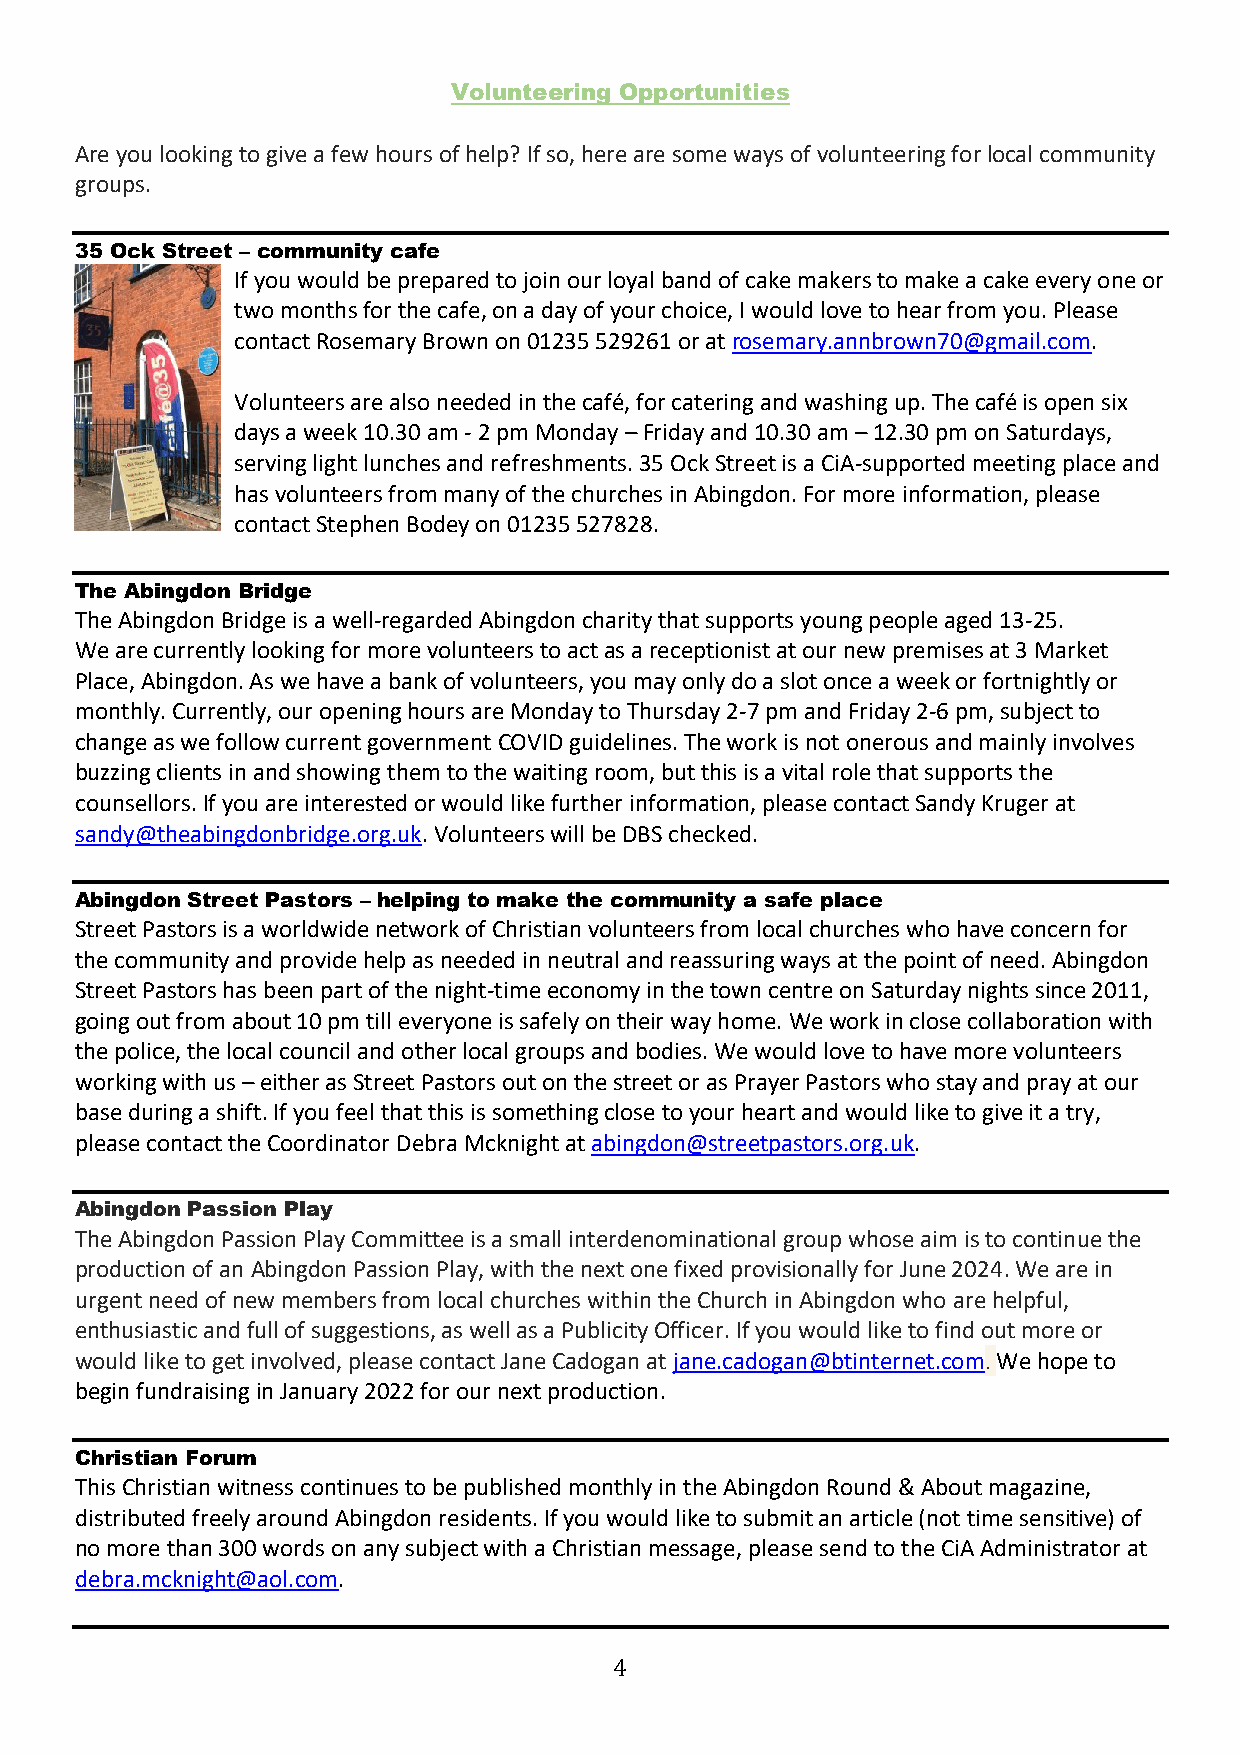
Volunteering Opportunities
 Are you looking to give a few hours of help? If so, here are some ways of volunteering for local community
 groups.
 35 Ock Street – community cafe
 If you would be prepared to join our loyal band of cake makers to make a cake every one or
 two months for the cafe, on a day of your choice, I would love to hear from you. Please
 contact Rosemary Brown on 01235 529261 or at rosemary.annbrown70@gmail.com.
 Volunteers are also needed in the café, for catering and washing up. The café is open six
 days a week 10.30 am - 2 pm Monday – Friday and 10.30 am – 12.30 pm on Saturdays,
 serving light lunches and refreshments. 35 Ock Street is a CiA-supported meeting place and
 has volunteers from many of the churches in Abingdon. For more information, please
 contact Stephen Bodey on 01235 527828.
 The Abingdon Bridge
 The Abingdon Bridge is a well-regarded Abingdon charity that supports young people aged 13-25.
 We are currently looking for more volunteers to act as a receptionist at our new premises at 3 Market
 Place, Abingdon. As we have a bank of volunteers, you may only do a slot once a week or fortnightly or
 monthly. Currently, our opening hours are Monday to Thursday 2-7 pm and Friday 2-6 pm, subject to
 change as we follow current government COVID guidelines. The work is not onerous and mainly involves
 buzzing clients in and showing them to the waiting room, but this is a vital role that supports the
 counsellors. If you are interested or would like further information, please contact Sandy Kruger at
 sandy@theabingdonbridge.org.uk. Volunteers will be DBS checked.
 Abingdon Street Pastors – helping to make the community a safe place
 Street Pastors is a worldwide network of Christian volunteers from local churches who have concern for
 the community and provide help as needed in neutral and reassuring ways at the point of need. Abingdon
 Street Pastors has been part of the night-time economy in the town centre on Saturday nights since 2011,
 going out from about 10 pm till everyone is safely on their way home. We work in close collaboration with
 the police, the local council and other local groups and bodies. We would love to have more volunteers
 working with us – either as Street Pastors out on the street or as Prayer Pastors who stay and pray at our
 base during a shift. If you feel that this is something close to your heart and would like to give it a try,
 please contact the Coordinator Debra Mcknight at abingdon@streetpastors.org.uk.
 Abingdon Passion Play
 The Abingdon Passion Play Committee is a small interdenominational group whose aim is to continue the
 production of an Abingdon Passion Play, with the next one fixed provisionally for June 2024. We are in
 urgent need of new members from local churches within the Church in Abingdon who are helpful,
 enthusiastic and full of suggestions, as well as a Publicity Officer. If you would like to find out more or
 would like to get involved, please contact Jane Cadogan at jane.cadogan@btinternet.com. We hope to
 begin fundraising in January 2022 for our next production.
 Christian Forum
 This Christian witness continues to be published monthly in the Abingdon Round & About magazine,
 distributed freely around Abingdon residents. If you would like to submit an article (not time sensitive) of
 no more than 300 words on any subject with a Christian message, please send to the CiA Administrator at
 debra.mcknight@aol.com.
 4